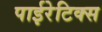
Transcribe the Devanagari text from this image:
पाईरेटिक्स